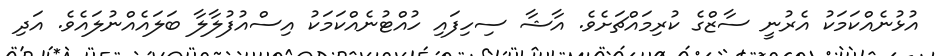
އުޅުނެއްކަމަކު އެރުނީ ސާޒްގެ ކުރިމައްޗަށެވެ. އާޝާ ސިހިފައި ހުއްޓުނެއްކަމަކު އިސްއުފުލާލާ ބަލައެއްނުލައެވެ. އަދި